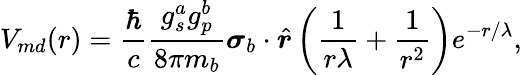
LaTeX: V_{md}(r)=\frac{\hbar}{c}\frac{g_{s}^{a}g_{p}^{b}}{8\pi m_{b}}\boldsymbol{\sigma}_{b}\cdot\hat{\boldsymbol{r}}\left(\frac{1}{r\lambda}+\frac{1}{r^{2}}\right)e^{-r/\lambda},